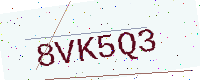
Text: 8VK5Q3